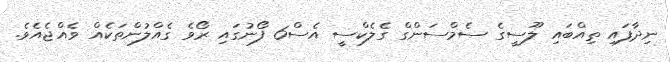
ނިދާފައި ތިއްބައި ލޫސީގެ ސެމްސަންގް ގެލެކްސީ އެސް6 ފޯނުގައި ރޯވެ ގެއްލުންތަކެއް ވެއްޖެއެވެ.